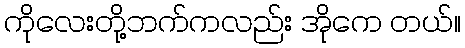
ကိုလေးတို့ဘက်ကလည်း အိုကေ တယ်။